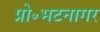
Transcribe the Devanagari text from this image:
प्रो॰भटनागर